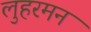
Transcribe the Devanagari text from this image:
लुहरमन